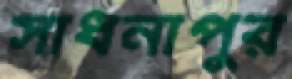
সাধনাপুর